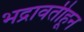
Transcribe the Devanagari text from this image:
भद्रावतीहून